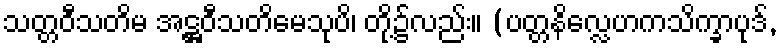
သတ္တဝီသတိမ အဋ္ဌဝီသတိမေသုပိ၊ တို့၌လည်း။ (ပတ္တနိလ္လေဟကသိက္ခာပုဒ်,